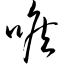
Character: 喉